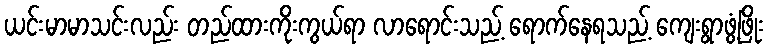
ယင်းမာမာသင်းလည်း တည်ထားကိုးကွယ်ရာ လာရောင်းသည့် ရောက်နေရသည့် ကျေးရွာဖွံ့ဖြိုး